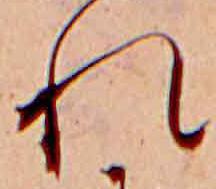
れ